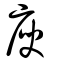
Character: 庾